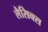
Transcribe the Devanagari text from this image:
लैसिक्स